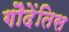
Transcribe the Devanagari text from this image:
गौदेंतिस